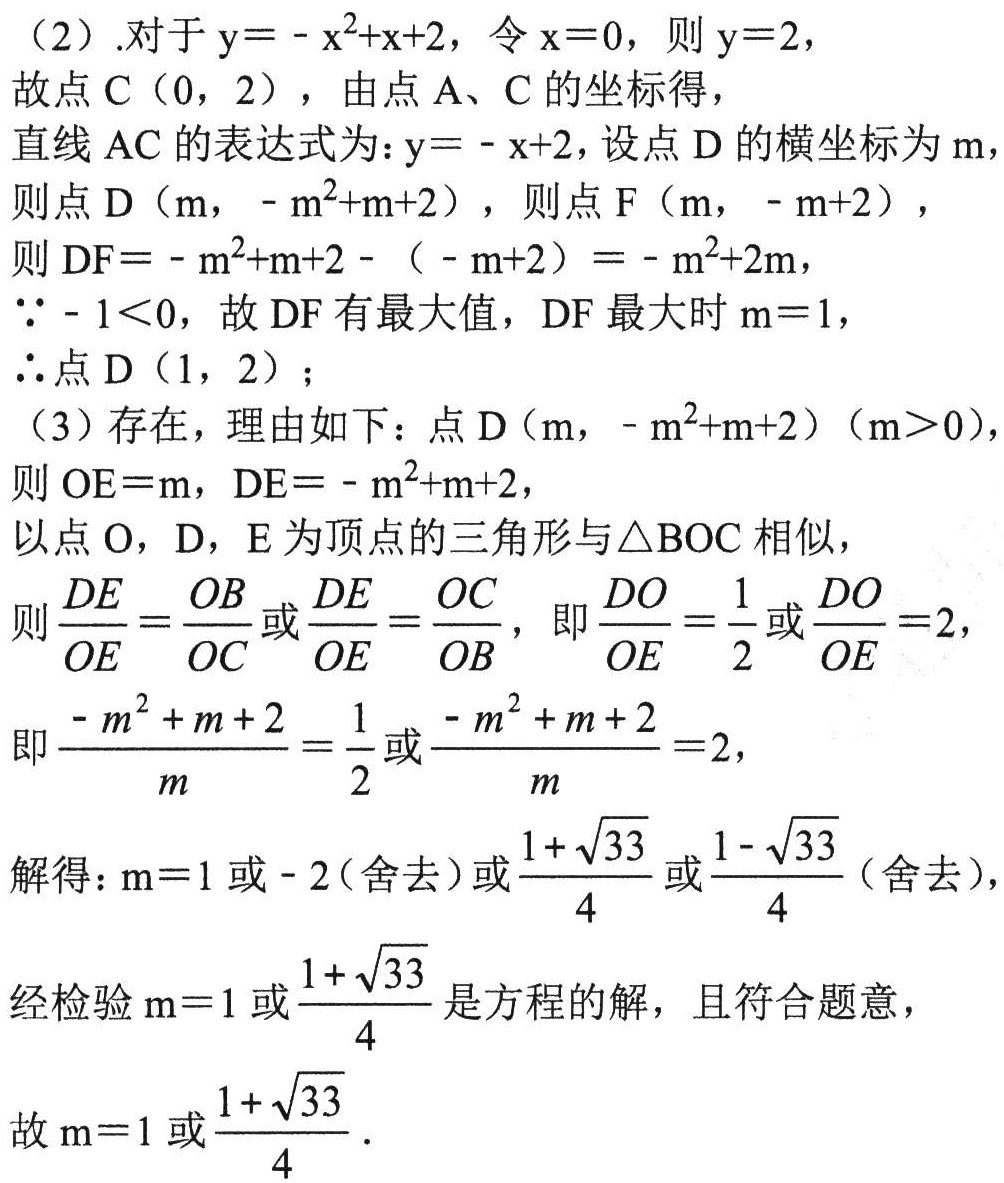
（2）.对于 \(y = -x^{2}+x + 2\)，令 \(x = 0\)，则 \(y = 2\)，
故点 \(C\ (0,2)\)，由点 \(A\)、\(C\) 的坐标得，
直线 \(AC\) 的表达式为：\(y=-x + 2\)，设点 \(D\) 的横坐标为 \(m\)，
则点 \(D\ (m,-m^{2}+m + 2)\)，则点 \(F\ (m,-m + 2)\)，
则 \(DF=-m^{2}+m + 2-(-m + 2)=-m^{2}+2m\)，
\(\because -1<0\)，故 \(DF\) 有最大值，\(DF\) 最大时 \(m = 1\)，
\(\therefore\)点 \(D\ (1,2)\)；
（3）存在，理由如下：点 \(D\ (m,-m^{2}+m + 2)\ (m>0)\)，
则 \(OE = m\)，\(DE=-m^{2}+m + 2\)，
以点 \(O\)，\(D\)，\(E\) 为顶点的三角形与\(\triangle BOC\) 相似，
则 \(\frac{DE}{OE}=\frac{OB}{OC}\) 或 \(\frac{DE}{OE}=\frac{OC}{OB}\)，即 \(\frac{DO}{OE}=\frac{1}{2}\) 或 \(\frac{DO}{OE}=2\)，
即 \(\frac{-m^{2}+m + 2}{m}=\frac{1}{2}\) 或 \(\frac{-m^{2}+m + 2}{m}=2\)，
解得：\(m = 1\) 或 \(-2\)（舍去）或 \(\frac{1 + \sqrt{33}}{4}\) 或 \(\frac{1-\sqrt{33}}{4}\)（舍去），
经检验 \(m = 1\) 或 \(\frac{1 + \sqrt{33}}{4}\) 是方程的解，且符合题意，
故 \(m = 1\) 或 \(\frac{1 + \sqrt{33}}{4}\).